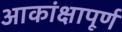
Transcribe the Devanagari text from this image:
आकांक्षापूर्ण